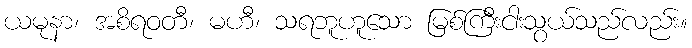
ယမုနာ၊ အစိရဝတီ၊ မဟီ၊ သရဘူဟူသော မြစ်ကြီးငါးသွယ်သည်လည်း။